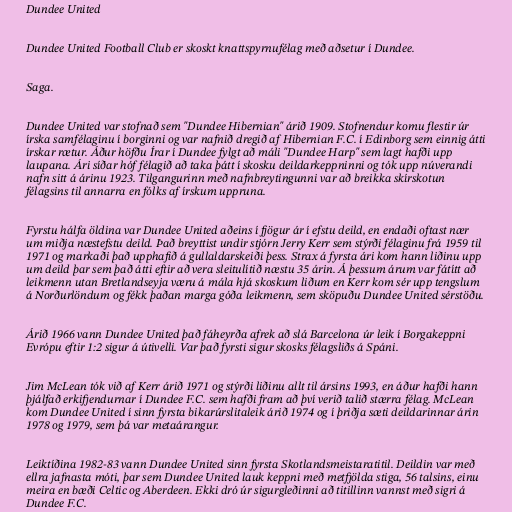
Dundee United

Dundee United Football Club er skoskt knattspyrnufélag með aðsetur í Dundee.

Saga.

Dundee United var stofnað sem "Dundee Hibernian" árið 1909. Stofnendur komu flestir úr
írska samfélaginu í borginni og var nafnið dregið af Hibernian F.C. í Edinborg sem einnig átti
írskar rætur. Áður höfðu Írar í Dundee fylgt að máli "Dundee Harp" sem lagt hafði upp
laupana. Ári síðar hóf félagið að taka þátt í skosku deildarkeppninni og tók upp núverandi
nafn sitt á árinu 1923. Tilgangurinn með nafnbreytingunni var að breikka skírskotun
félagsins til annarra en fólks af írskum uppruna.

Fyrstu hálfa öldina var Dundee United aðeins í fjögur ár í efstu deild, en endaði oftast nær
um miðja næstefstu deild. Það breyttist undir stjórn Jerry Kerr sem stýrði félaginu frá 1959 til
1971 og markaði það upphafið á gullaldarskeiði þess. Strax á fyrsta ári kom hann liðinu upp
um deild þar sem það átti eftir að vera sleitulítið næstu 35 árin. Á þessum árum var fátítt að
leikmenn utan Bretlandseyja væru á mála hjá skoskum liðum en Kerr kom sér upp tengslum
á Norðurlöndum og fékk þaðan marga góða leikmenn, sem sköpuðu Dundee United sérstöðu.

Árið 1966 vann Dundee United það fáheyrða afrek að slá Barcelona úr leik í Borgakeppni
Evrópu eftir 1:2 sigur á útivelli. Var það fyrsti sigur skosks félagsliðs á Spáni.

Jim McLean tók við af Kerr árið 1971 og stýrði liðinu allt til ársins 1993, en áður hafði hann
þjálfað erkifjendurnar í Dundee F.C. sem hafði fram að því verið talið stærra félag. McLean
kom Dundee United í sinn fyrsta bikarúrslitaleik árið 1974 og í þriðja sæti deildarinnar árin
1978 og 1979, sem þá var metaárangur.

Leiktíðina 1982-83 vann Dundee United sinn fyrsta Skotlandsmeistaratitil. Deildin var með
ellra jafnasta móti, þar sem Dundee United lauk keppni með metfjölda stiga, 56 talsins, einu
meira en bæði Celtic og Aberdeen. Ekki dró úr sigurgleðinni að titillinn vannst með sigri á
Dundee F.C.